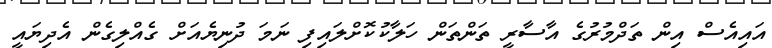
އައިއެސް އިން ތަދްމުރުގެ އާސާރީ ތަންތަން ހަލާކުކޮށްލައިފި ނަމަ ދުނިޔެއަށް ގެއްލިގެން އެދިޔައީ